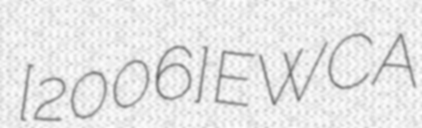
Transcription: [2006] EWCA